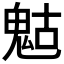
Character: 𩲱